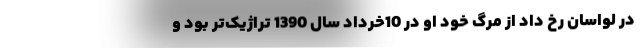
در لواسان رخ داد از مرگ خود او در 10خرداد سال 1390 تراژیک‌تر بود و